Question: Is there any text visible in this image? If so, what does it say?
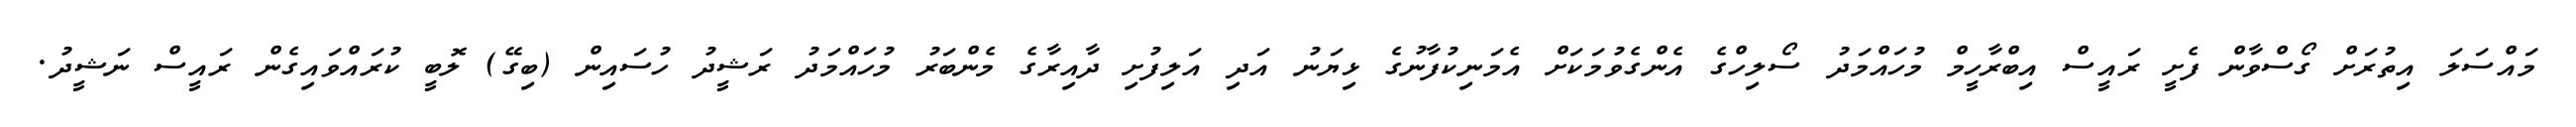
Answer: މައްސަލަ އިތުރަށް ގޯސްވާން ފެށީ ރައީސް އިބްރާހީމް މުހައްމަދު ސޯލިހްގެ އެންގެވުމަކަށް އެމަނިކުފާނުގެ ޅިޔަނު އަދި އަލިފުށި ދާއިރާގެ މެންބަރު މުހައްމަދު ރަޝީދު ހުސައިން (ބިގޭ) ލޮބީ ކުރައްވައިގެން ރައީސް ނަޝީދު.